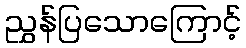
ညွှန်ပြသောကြောင့်